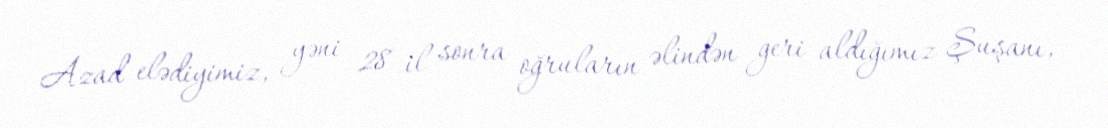
Azad elədiyimiz, yəni 28 il sonra oğruların əlindən geri aldığımız Şuşanı,